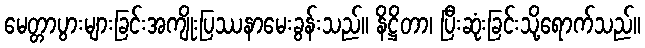
မေတ္တာပွားများခြင်းအကျိုးပြဿနာမေးခွန်းသည်။ နိဋ္ဌိတာ၊ ပြီးဆုံးခြင်းသို့ရောက်သည်။